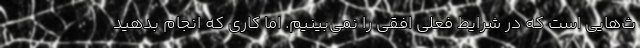
ث‌هایی است که در شرایط فعلی افقی را نمی‌بینیم. اما کاری که انجام بدهید